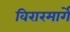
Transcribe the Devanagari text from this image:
विरारमार्गे